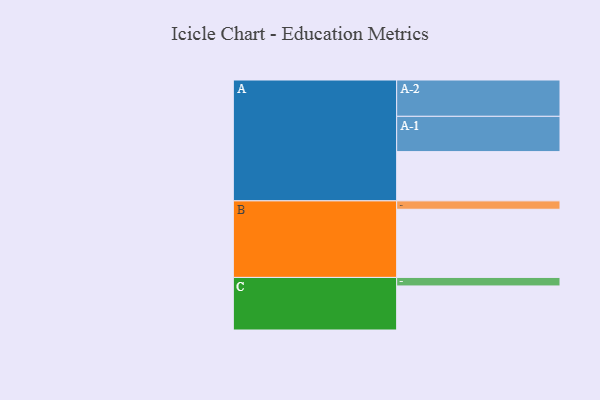
{"axis": {"x": "Segment", "y": "Value"}, "legend": ["", "A", "B", "C"], "data": [{"x": "A", "y": 388, "type": ""}, {"x": "B", "y": 537, "type": ""}, {"x": "C", "y": 347, "type": ""}, {"x": "A-1", "y": 278, "type": "A"}, {"x": "A-2", "y": 286, "type": "A"}, {"x": "B-1", "y": 66, "type": "B"}, {"x": "C-1", "y": 67, "type": "C"}]}